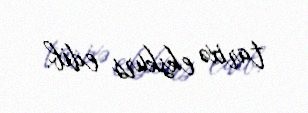
tarixə ekskurs edib.